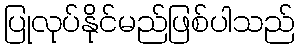
ပြုလုပ်နိုင်မည်ဖြစ်ပါသည်